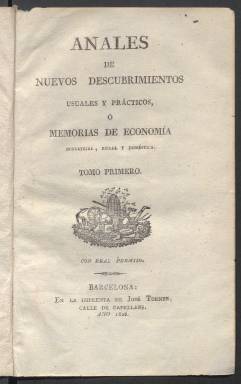
Título: Anales de nuevos descubrimientos usuales y prácticos
Otros títulos: Título de la portada de tomo: Anales de nuevos descubrimientos usuales y prácticos o Memorias de economía industrial, rural y doméstica || Memorias de economía industrial, rural o de economía
Colección: Ciencias
Ámbito geográfico: Barcelona
Lugar de publicación: Barcelona
Fechas: 01/01/1828-31/03/1829